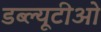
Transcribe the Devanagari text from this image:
डब्‍ल्‍यूटीओ